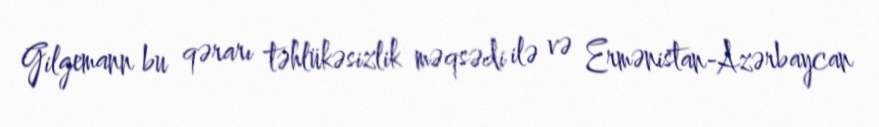
Gilgemann bu qərarı təhlükəsizlik məqsədi ilə və Ermənistan-Azərbaycan